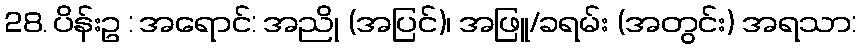
28. ပိန်းဥ : အရောင်: အညို (အပြင်)၊ အဖြူ/ခရမ်း (အတွင်း) အရသာ: